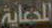
الدعاية